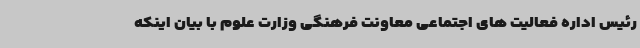
رئیس اداره فعالیت های اجتماعی معاونت فرهنگی وزارت علوم با بیان اینکه